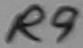
Text: R9